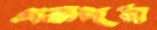
একদম